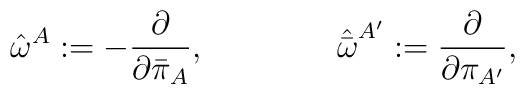
{\hat \omega}^{A} :=- {{\partial} \over {\partial {\bar \pi}_{A}}}, \qquad \qquad{\hat {\bar \omega}}^{A^\prime} := {{\partial} \over {\partial{\pi}_{A^\prime}}},